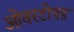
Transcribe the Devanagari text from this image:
ओवरटोपड